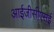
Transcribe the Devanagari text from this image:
आईजीसीएसई